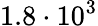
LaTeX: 1.8\cdot 10^{3}